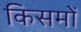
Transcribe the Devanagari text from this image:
किसमों